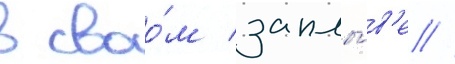
в своо́м заплы́в'е //